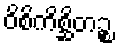
ဝိစိကိစ္ဆိတဉ္စ